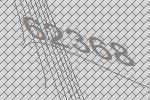
62368